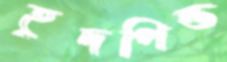
হূদপিন্ড